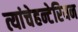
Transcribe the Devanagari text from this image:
त्यांचेहन्टेरियन